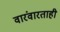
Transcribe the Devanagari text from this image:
वारंवारताही